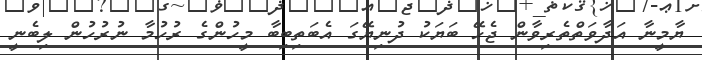
ޔާމީނާ އަދާވަތްތެރިވާން ޖެހޭ ބަޔަކު ދުނިޔޭގަ އެބަތިބިބާ މީހުންގެ ރުހުމާ ނުރުހުން ލިބެނީ